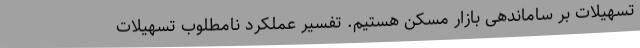
تسهیلات بر ساماندهی بازار مسکن هستیم. تفسیر عملکرد نامطلوب تسهیلات